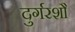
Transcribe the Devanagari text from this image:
दुर्गरशौ